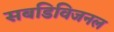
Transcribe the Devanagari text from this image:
सबडिविजनल